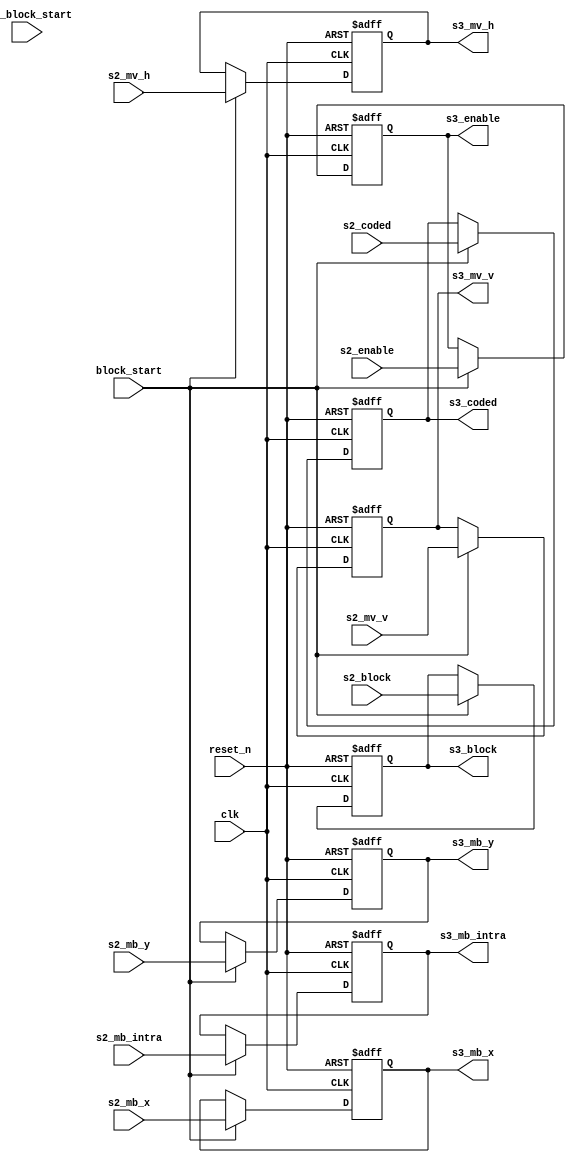
//================================================================================
// MPEG2 Video Side Information container (3rd stage)
// Written by kimu_shu
//================================================================================

module m2vside3 #(
	parameter
	MVH_WIDTH = 16,
	MVV_WIDTH = 15,
	MBX_WIDTH = 6,
	MBY_WIDTH = 5
) (
	// common
	input        clk,
	input        reset_n,

	// from m2vside2
	input [(MVH_WIDTH-1):0] s2_mv_h,
	input [(MVV_WIDTH-1):0] s2_mv_v,
	input [(MBX_WIDTH-1):0] s2_mb_x,
	input [(MBY_WIDTH-1):0] s2_mb_y,
	input        s2_mb_intra,
	input  [2:0] s2_block,
	input        s2_coded,
	input        s2_enable,

	// from m2vctrl
	input        pre_block_start,
	input        block_start,

	// to m2vidct, m2vside4
	output [(MVH_WIDTH-1):0] s3_mv_h,
	output [(MVV_WIDTH-1):0] s3_mv_v,
	output [(MBX_WIDTH-1):0] s3_mb_x,
	output [(MBY_WIDTH-1):0] s3_mb_y,
	output       s3_mb_intra,
	output [2:0] s3_block,
	output       s3_coded,
	output       s3_enable
);

//--------------------------------------------------------------------------------
// Stage 3 (Latched by block_start pules)
//
reg [(MVH_WIDTH-1):0] s3_mv_h_r;
reg [(MVV_WIDTH-1):0] s3_mv_v_r;
reg [(MBX_WIDTH-1):0] s3_mb_x_r;
reg [(MBY_WIDTH-1):0] s3_mb_y_r;
reg       s3_mb_intra_r;
reg [2:0] s3_block_r;
reg       s3_coded_r;
reg       s3_enable_r;

// {{{
always @(posedge clk or negedge reset_n)
	if(~reset_n) begin
		s3_mv_h_r      <= 0;
		s3_mv_v_r      <= 0;
		s3_mb_x_r      <= 0;
		s3_mb_y_r      <= 0;
		s3_mb_intra_r  <= 1'b0;
		s3_block_r     <= 3'd0;
		s3_coded_r     <= 1'b0;
		s3_enable_r    <= 1'b0;
	end else if(block_start) begin
		s3_mv_h_r      <= s2_mv_h;
		s3_mv_v_r      <= s2_mv_v;
		s3_mb_x_r      <= s2_mb_x;
		s3_mb_y_r      <= s2_mb_y;
		s3_mb_intra_r  <= s2_mb_intra;
		s3_block_r     <= s2_block;
		s3_coded_r     <= s2_coded;
		s3_enable_r    <= s2_enable;
	end

assign s3_mv_h = s3_mv_h_r;
assign s3_mv_v = s3_mv_v_r;
assign s3_mb_x = s3_mb_x_r;
assign s3_mb_y = s3_mb_y_r;
assign s3_mb_intra = s3_mb_intra_r;
assign s3_block = s3_block_r;
assign s3_coded = s3_coded_r;
assign s3_enable = s3_enable_r;
// }}}

endmodule
// vim:set foldmethod=marker: